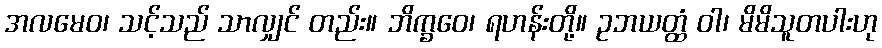
အလမေဝ၊ သင့်သည် သာလျှင် တည်း။ ဘိက္ခဝေ၊ ရဟန်းတို့။ ဥဘယတ္ထံ ဝါ၊ မိမိသူတပါးဟု